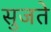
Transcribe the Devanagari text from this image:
सुजते